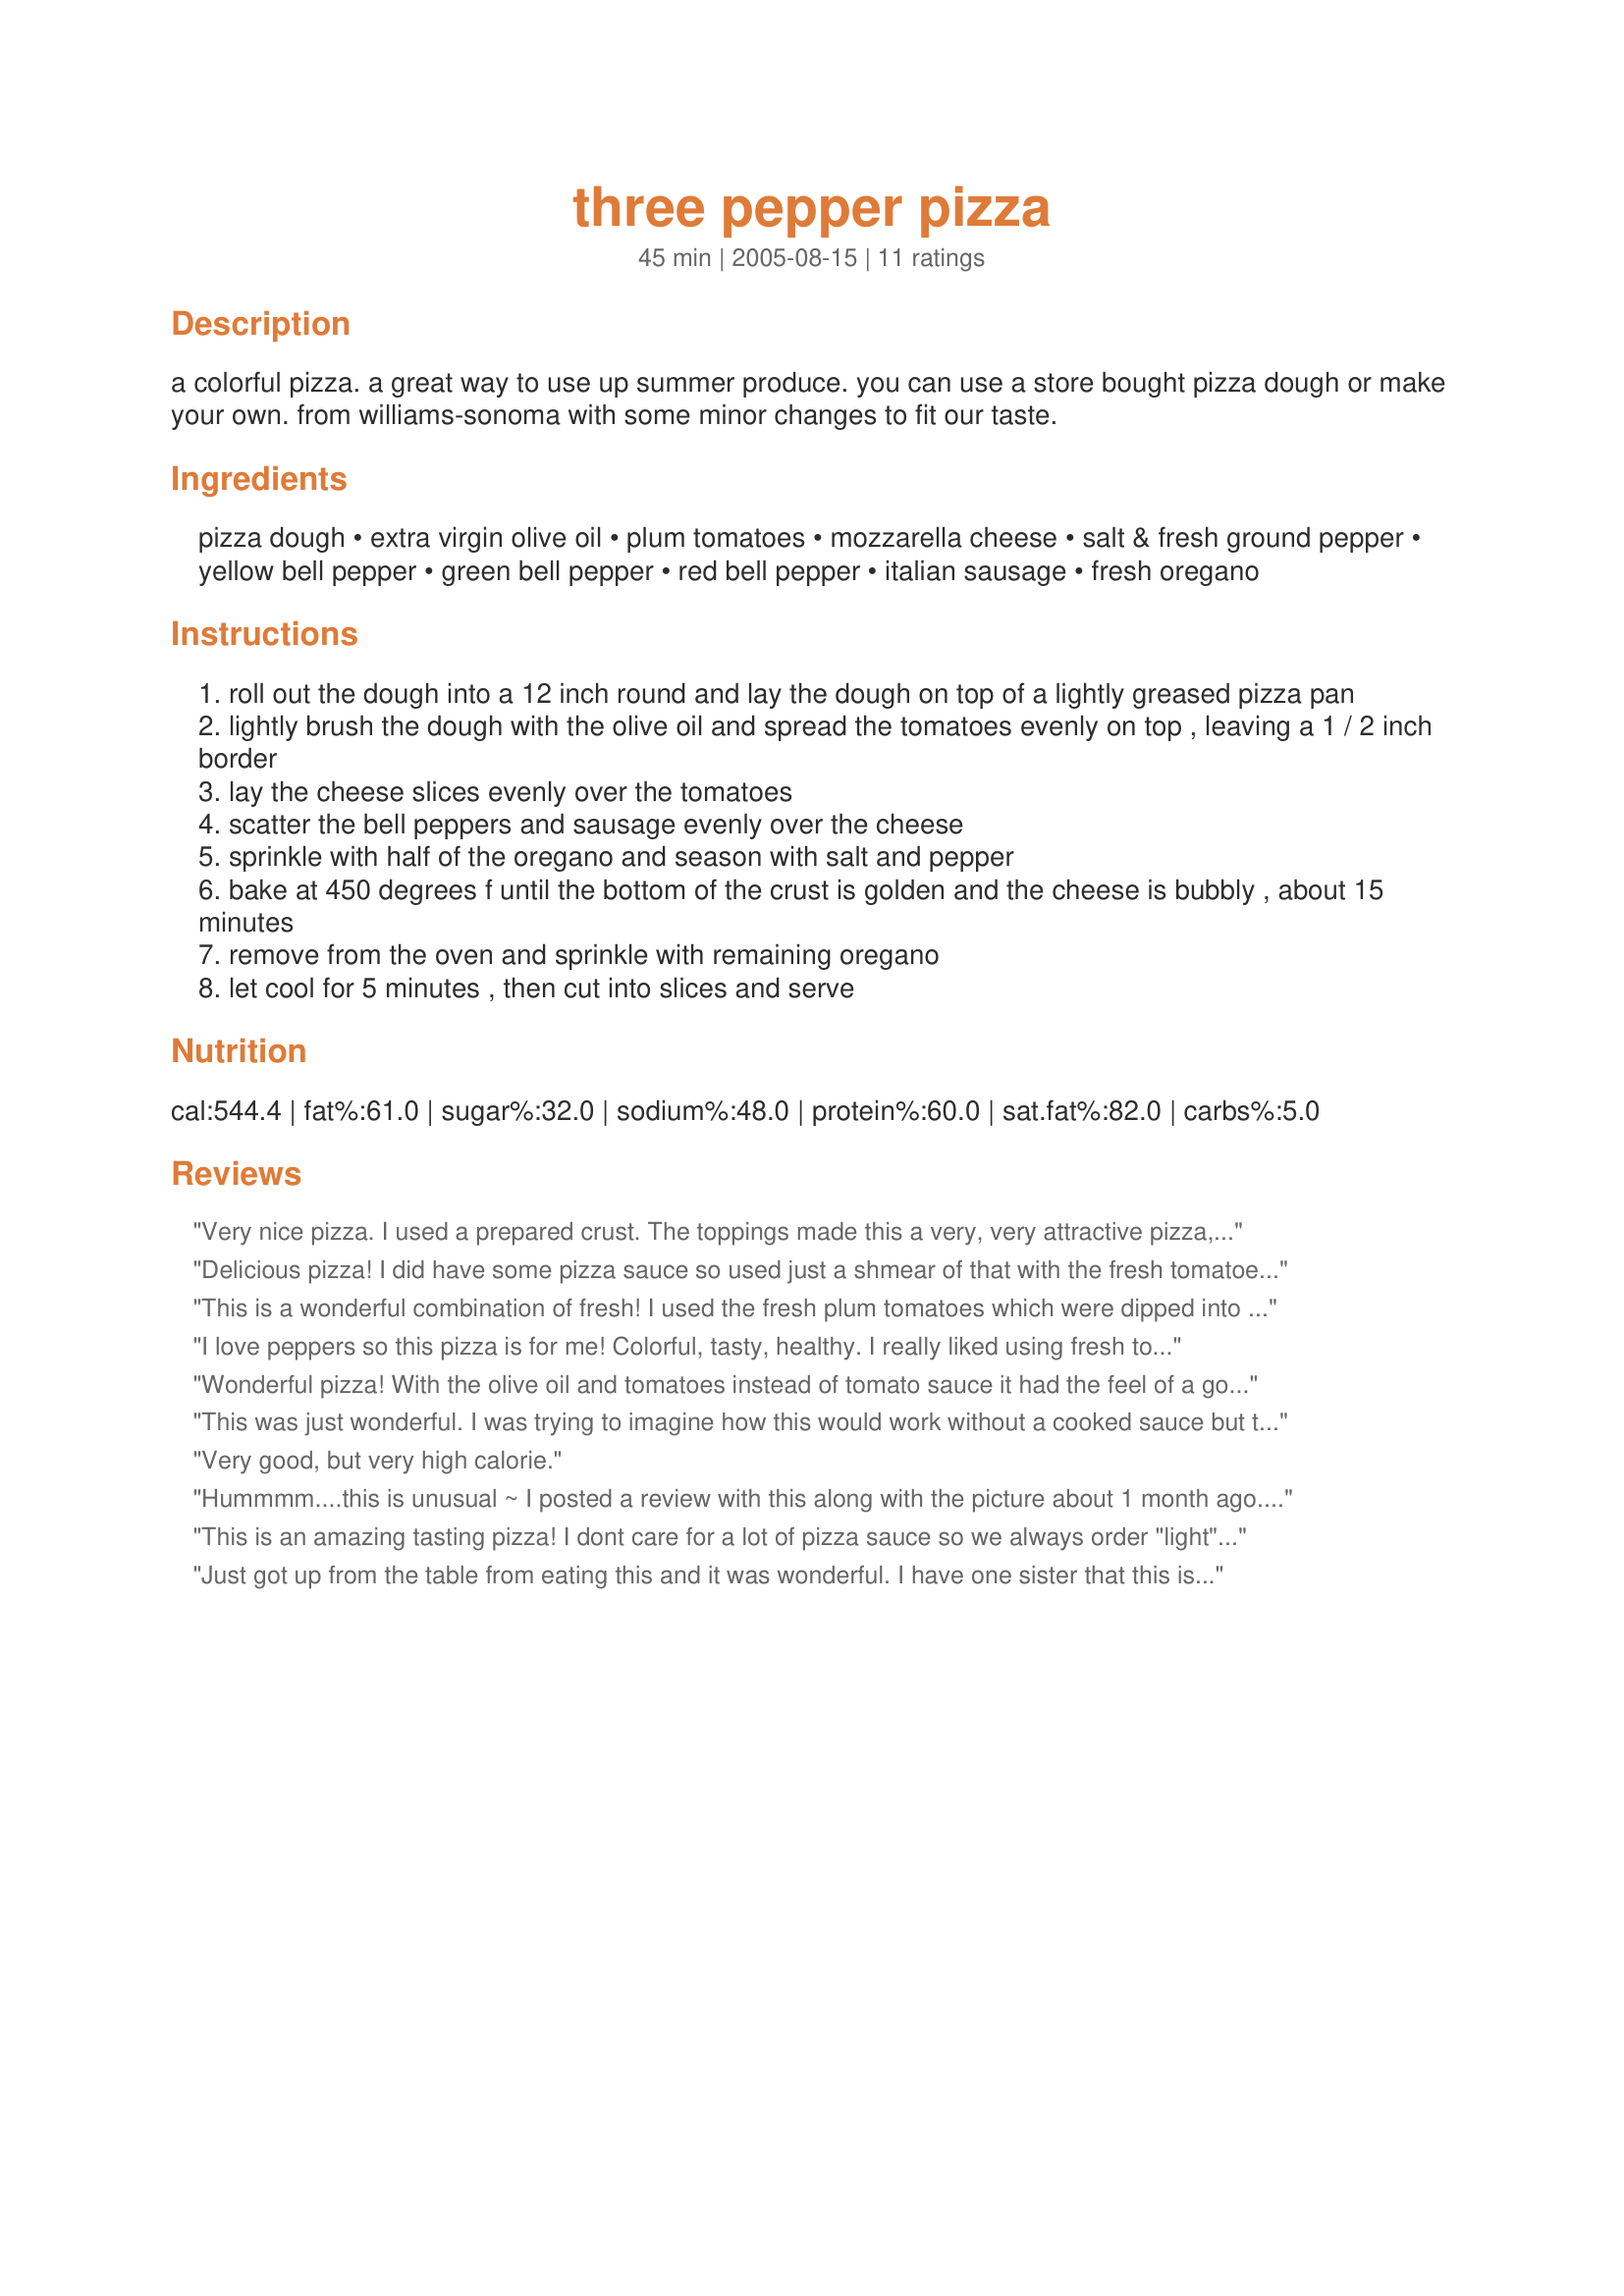
three pepper pizza
Preparation time: 45 minutes

a colorful pizza. a great way to use up summer produce. you can use a store bought pizza dough or make your own. from williams-sonoma with some minor changes to fit our taste.

Ingredients:
pizza dough, extra virgin olive oil, plum tomatoes, mozzarella cheese, salt & fresh ground pepper, yellow bell pepper, green bell pepper, red bell pepper, italian sausage, fresh oregano

Steps:
roll out the dough into a 12 inch round and lay the dough on top of a lightly greased pizza pan
lightly brush the dough with the olive oil and spread the tomatoes evenly on top , leaving a 1 / 2 inch border
lay the cheese slices evenly over the tomatoes
scatter the bell peppers and sausage evenly over the cheese
sprinkle with half of the oregano and season with salt and pepper
bake at 450 degrees f until the bottom of the crust is golden and the cheese is bubbly , about 15 minutes
remove from the oven and sprinkle with remaining oregano
let cool for 5 minutes , then cut into slices and serve

Reviews:
Very nice pizza. I used a prepared crust. The toppings made this a very, very attractive pizza, with a good, fresh flavour.
Delicious pizza! I did have some pizza sauce so used just a shmear of that with the fresh tomatoes. I had one large tomato so used that and only made a small pizza. I used soy chorizo and it was great in this recipe. Thanks!
This is a wonderful combination of fresh! I used the fresh plum tomatoes which were dipped into boiling water to make peeling easier, fresh mozzarella cheese, fresh green peppers from the garden and the red peppers were ones that I had roasted and packed in oil. I served this at a small get-together and everyone really enjoyed it. The crust was <a href="/86074">&amp;quot;almost&amp;quot; Boboli Pizza Crust</a>.
I love peppers so this pizza is for me! Colorful, tasty, healthy. I really liked using fresh tomatoes instead of pizza sauce. I used a Boboli prepared crust and left off the sausage. Loved this quick and fresh pizza - thanks for posting!
Wonderful pizza! With the olive oil and tomatoes instead of tomato sauce it had the feel of a gourmet pizza. I would strongly recommend including all the tomato called for in the recipe, as it gives the pizza a sweet flavour.

We will certainly use this recipe again.
This was just wonderful. I was trying to imagine how this would work without a cooked sauce but the freshness of the tomatoes really worked nicely with the crispness of the peppers. I used the soy sausage crumbles and a part skim mozarella as a nod to health in this diet friendly treat. Thanks NimrodCook.
Very good, but very high calorie.
Hummmm....this is unusual ~ I posted a review with this along with the picture about 1 month ago. I don't know where it went, but the memory of this pizza was outstanding. We had an unusual amount of three different peppers this year from the garden, so for Saturday Lunch at the Farm I made this. Everyone fell in love with it, the taste was out of this world. Since I had just freshly grabbed tomatoes and peppers from the garden the taste was intense, the flavors so vibrant, as vibrant as all the colors of the pizza. We have now made this 3 times and each one is truly special and always a bit different depending on the vegetable. I highly recommend this pizza to anyone and everyone~ it goes beyond what you want a pizza to be. Thanks so much ~ Nimz. Will continue making this, I suspect for a very long time.
This is an amazing tasting pizza! I dont care for a lot of pizza sauce so we always order "light" but loved this pizza without any sauce at all. I used Pillsbury Classic Pizza Crust and Jimmy Deans mild italian sausage. Ran out of olive oil so sprayed the crust with Mazola Olive Oil spray and that worked ok but I think the olive oil would have given me a crispier crust. DH does not care for bell peppers so I didnt add them to one half. Also, I didnt peel, seed or dice the plum tomatoes, just sliced them thinly than added pepper and salt. They were sweet and tender, went well with the fresh flavors of the pizza. Wish I could give this more than 5 stars! Thank you hon for posting this recipe!
Just got up from the table from eating this and it was wonderful. I have one sister that this is the only way she will eat pizza. So I have had something similiar before, but this was much better. Thanks for posting such a wonderful reicpe.
This was excellent.... I was unsure about not placing a pizza sauce on it.... WOW... This was so much better... My DH always complains that their is to much sauce anyway.... Without the sauce, you were able to taste more of the topping and got a taste of the different flavors instead of just sauce.... This is the new way we will be making pizza from now on... I used a store bought crust and made two pizzas.... One was placed in the freezer for later enjoyment....
